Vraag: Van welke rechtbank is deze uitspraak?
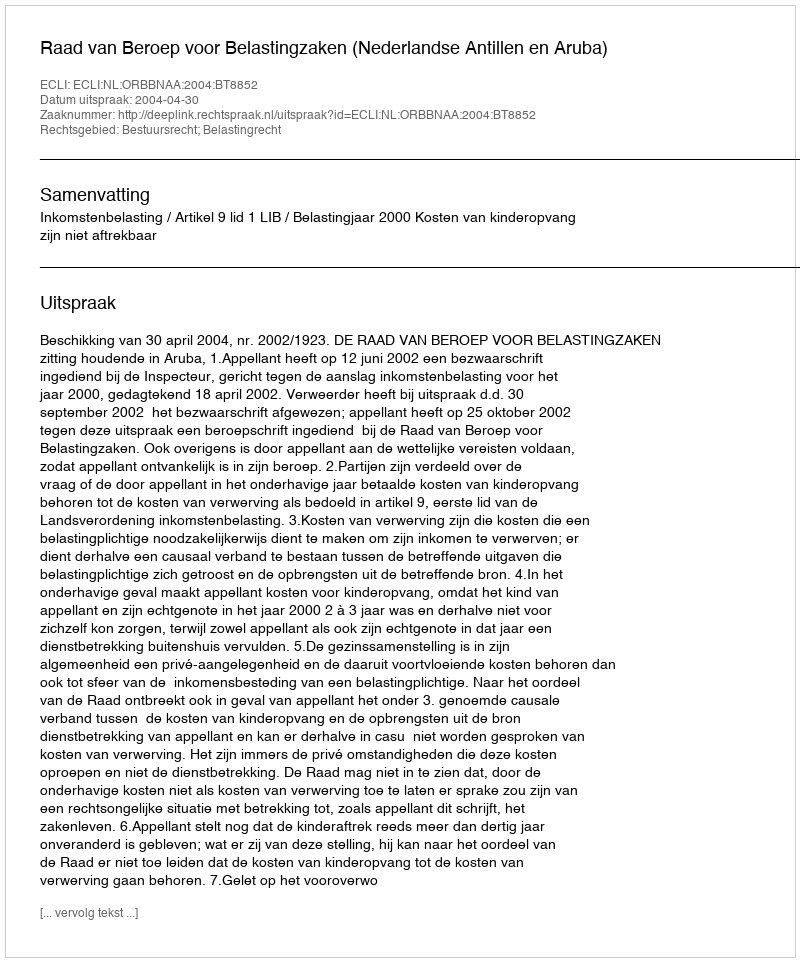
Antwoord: Raad van Beroep voor Belastingzaken (Nederlandse Antillen en Aruba)